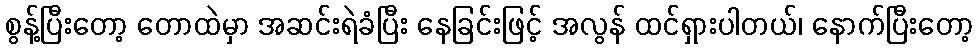
စွန့်ပြီးတော့ တောထဲမှာ အဆင်းရဲခံပြီး နေခြင်းဖြင့် အလွန် ထင်ရှားပါတယ်၊ နောက်ပြီးတော့